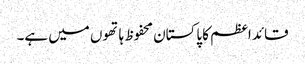
قائد اعظم کا پاکستان محفوظ ہاتھوں میں ہے۔